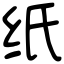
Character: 纸